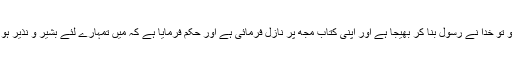
مجھ کو تو خدا نے رسول بنا کر بھیجا ہے اور اپنی کتاب مجھ پر نازل فرمائی ہے اور حکم فرمایا ہے کہ میں تمہارے لئے بشیر و نذیر ہو جاؤں۔